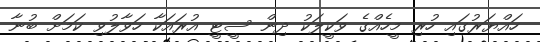
ހައްޔަރުގައި ހުރި މީހެއްގެ ވަކީލަކު ދިން ސީޓީ އުރައަކާ ހަވާލުވި ކަމަށް ބުނާ